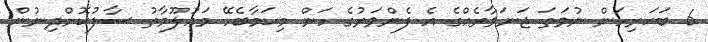
6 ބަކަރިހަން ނުވަތަ ޖަނަވާރެއްގެ އެ ފެންވަރުގެ ހަން މިކަމާބެހޭ މަޢުލޫމާތު ސާފުކޮށްދިނުން